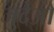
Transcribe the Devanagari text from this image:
जुदेओ